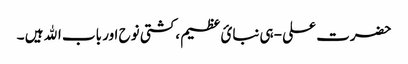
حضرت علی -ہی نبائ عظیم ،کشتی نوح اور باب اﷲ ہیں ۔